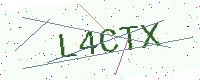
Text: L4CTX